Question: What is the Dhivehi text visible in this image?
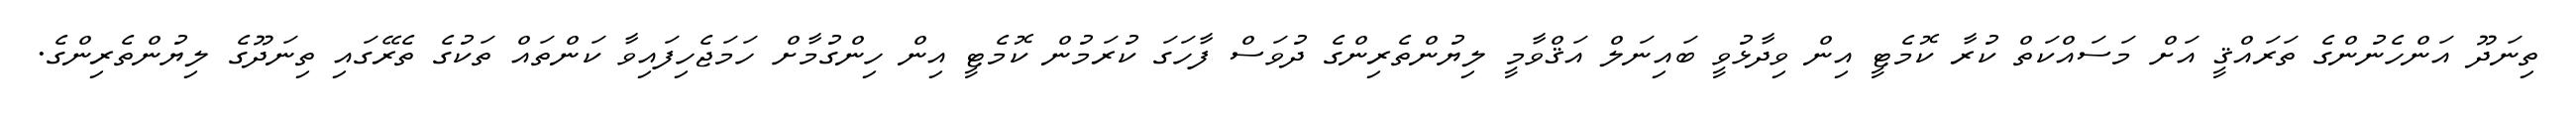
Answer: ތިނަދޫ އަންހެނުންގެ ތަރައްޤީ އަށް މަސައްކަތް ކުރާ ކޮމެޓީ އިން ވިދާޅުވީ ބައިނަލް އަޤްވާމީ ލިޔުންތެރިންގެ ދުވަސް ފާހަގަ ކުރަމުން ކޮމެޓީ އިން ހިންގުމާށް ހަމަޖެހިފައިވާ ކަންތައް ތަކުގެ ތެރޭގައި ތިނަދޫގެ ލިޔުންތެރިންގެ.